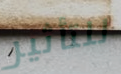
للتأثير